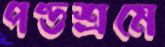
পণ্ডশ্রমে